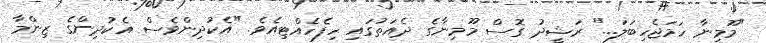
"މޫމިނާ ހަމަޖެހިބަލަ..." ރަޝީދު ގޮސް މޫމިނާގެ ދެއަތުގައި ހިފެހެއްޓިއެވެ. "އެކުދިންވެސް އެކުދިންގެ ޒިންމާ